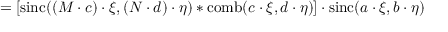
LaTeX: = [ \operatorname { s i n c } ( ( M \cdot c ) \cdot \xi , ( N \cdot d ) \cdot \eta ) * \operatorname { c o m b } ( c \cdot \xi , d \cdot \eta ) ] \cdot \operatorname { s i n c } ( a \cdot \xi , b \cdot \eta )